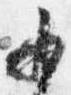
少